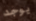
يوجد